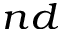
^ { n d }